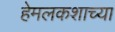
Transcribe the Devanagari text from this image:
हेमलकशाच्या